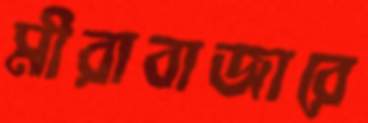
মীরাবাজারে